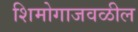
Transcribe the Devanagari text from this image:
शिमोगाजवळील